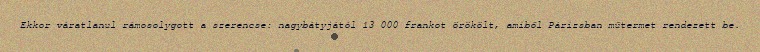
Ekkor váratlanul rámosolygott a szerencse: nagybátyjától 13 000 frankot örökölt, amiből Párizsban műtermet rendezett be.